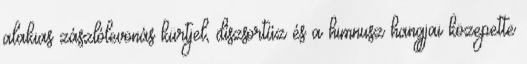
alakias zászlólevonás kürtjel, díszsortűz és a himnusz hangjai közepette